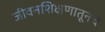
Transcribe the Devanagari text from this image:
जीवनशिक्षणातूनच